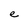
Character: e